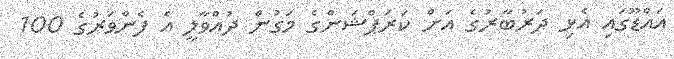
އައްޑޫގައި އެޅި ދަރުބާރުގެ އަށް ކަރަޕްޝަންގެ މަގުން ދުއްވާލީ އެ ފެންވަރުގެ 100